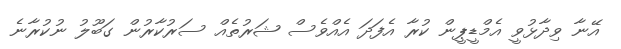
އޭނާ ވިދާޅުވީ އެމްޑީޕީން ކުރާ އެފަދަ އެއްވެސް ޝަރުތެއް ސަރުކާރުން ގަބޫލު ނުކުރާނެ